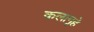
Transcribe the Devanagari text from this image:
कलागृहे